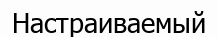
Настраиваемый